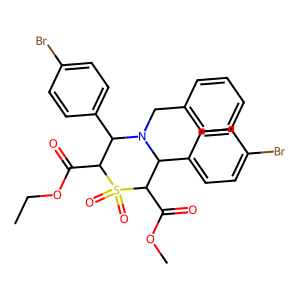
SMILES: CCOC(=O)C1C(c2ccc(Br)cc2)N(Cc2ccccc2)C(c2ccc(Br)cc2)C(C(=O)OC)S1(=O)=O
Inhibits HIV replication: No